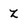
Character: z